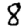
Digit: 8